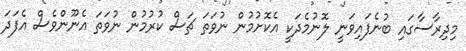
މިދިރާސާގައި ބުނެފައިވަނީ ލޮނުމެދަކީ އެކޮށުމުން ނުވަތަ ޗަސް ކުރުމުން ނުވަތަ އެނޫންވެސް އެފަދަ